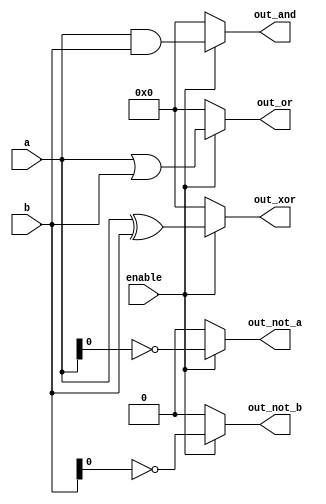
module AdjacencyGroup (
    input wire [3:0] a,       // 4-bit input
    input wire [3:0] b,       // 4-bit input
    input wire enable,        // Control signal to activate the group
    output wire [3:0] out_and, // Output for AND operation
    output wire [3:0] out_or,  // Output for OR operation
    output wire [3:0] out_xor, // Output for XOR operation
    output wire out_not_a,     // Output for NOT operation on 'a'
    output wire out_not_b      // Output for NOT operation on 'b'
);

// Internal signals for shared pathways
wire [3:0] not_a;
wire [3:0] not_b;

// NOT operations
assign not_a = ~a;
assign not_b = ~b;

// Control logic to enable the group
assign out_and = enable ? (a & b) : 4'b0000; // AND operation
assign out_or  = enable ? (a | b) : 4'b0000; // OR operation
assign out_xor = enable ? (a ^ b) : 4'b0000; // XOR operation
assign out_not_a = enable ? not_a : 4'b0000; // NOT operation on 'a'
assign out_not_b = enable ? not_b : 4'b0000; // NOT operation on 'b'

endmodule